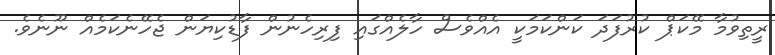
ރީތިވުމާ މޭކަޕް ކުރުފަދަ ކަންކަމަކީ އެއްވެސް ހާލެއްގައި ފިރިހެނުން ފާޑުކިޔަން ޖެހޭނެކަމެއް ނޫނެވެ.